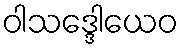
ဝါသဒ္ဒေါယေဝ